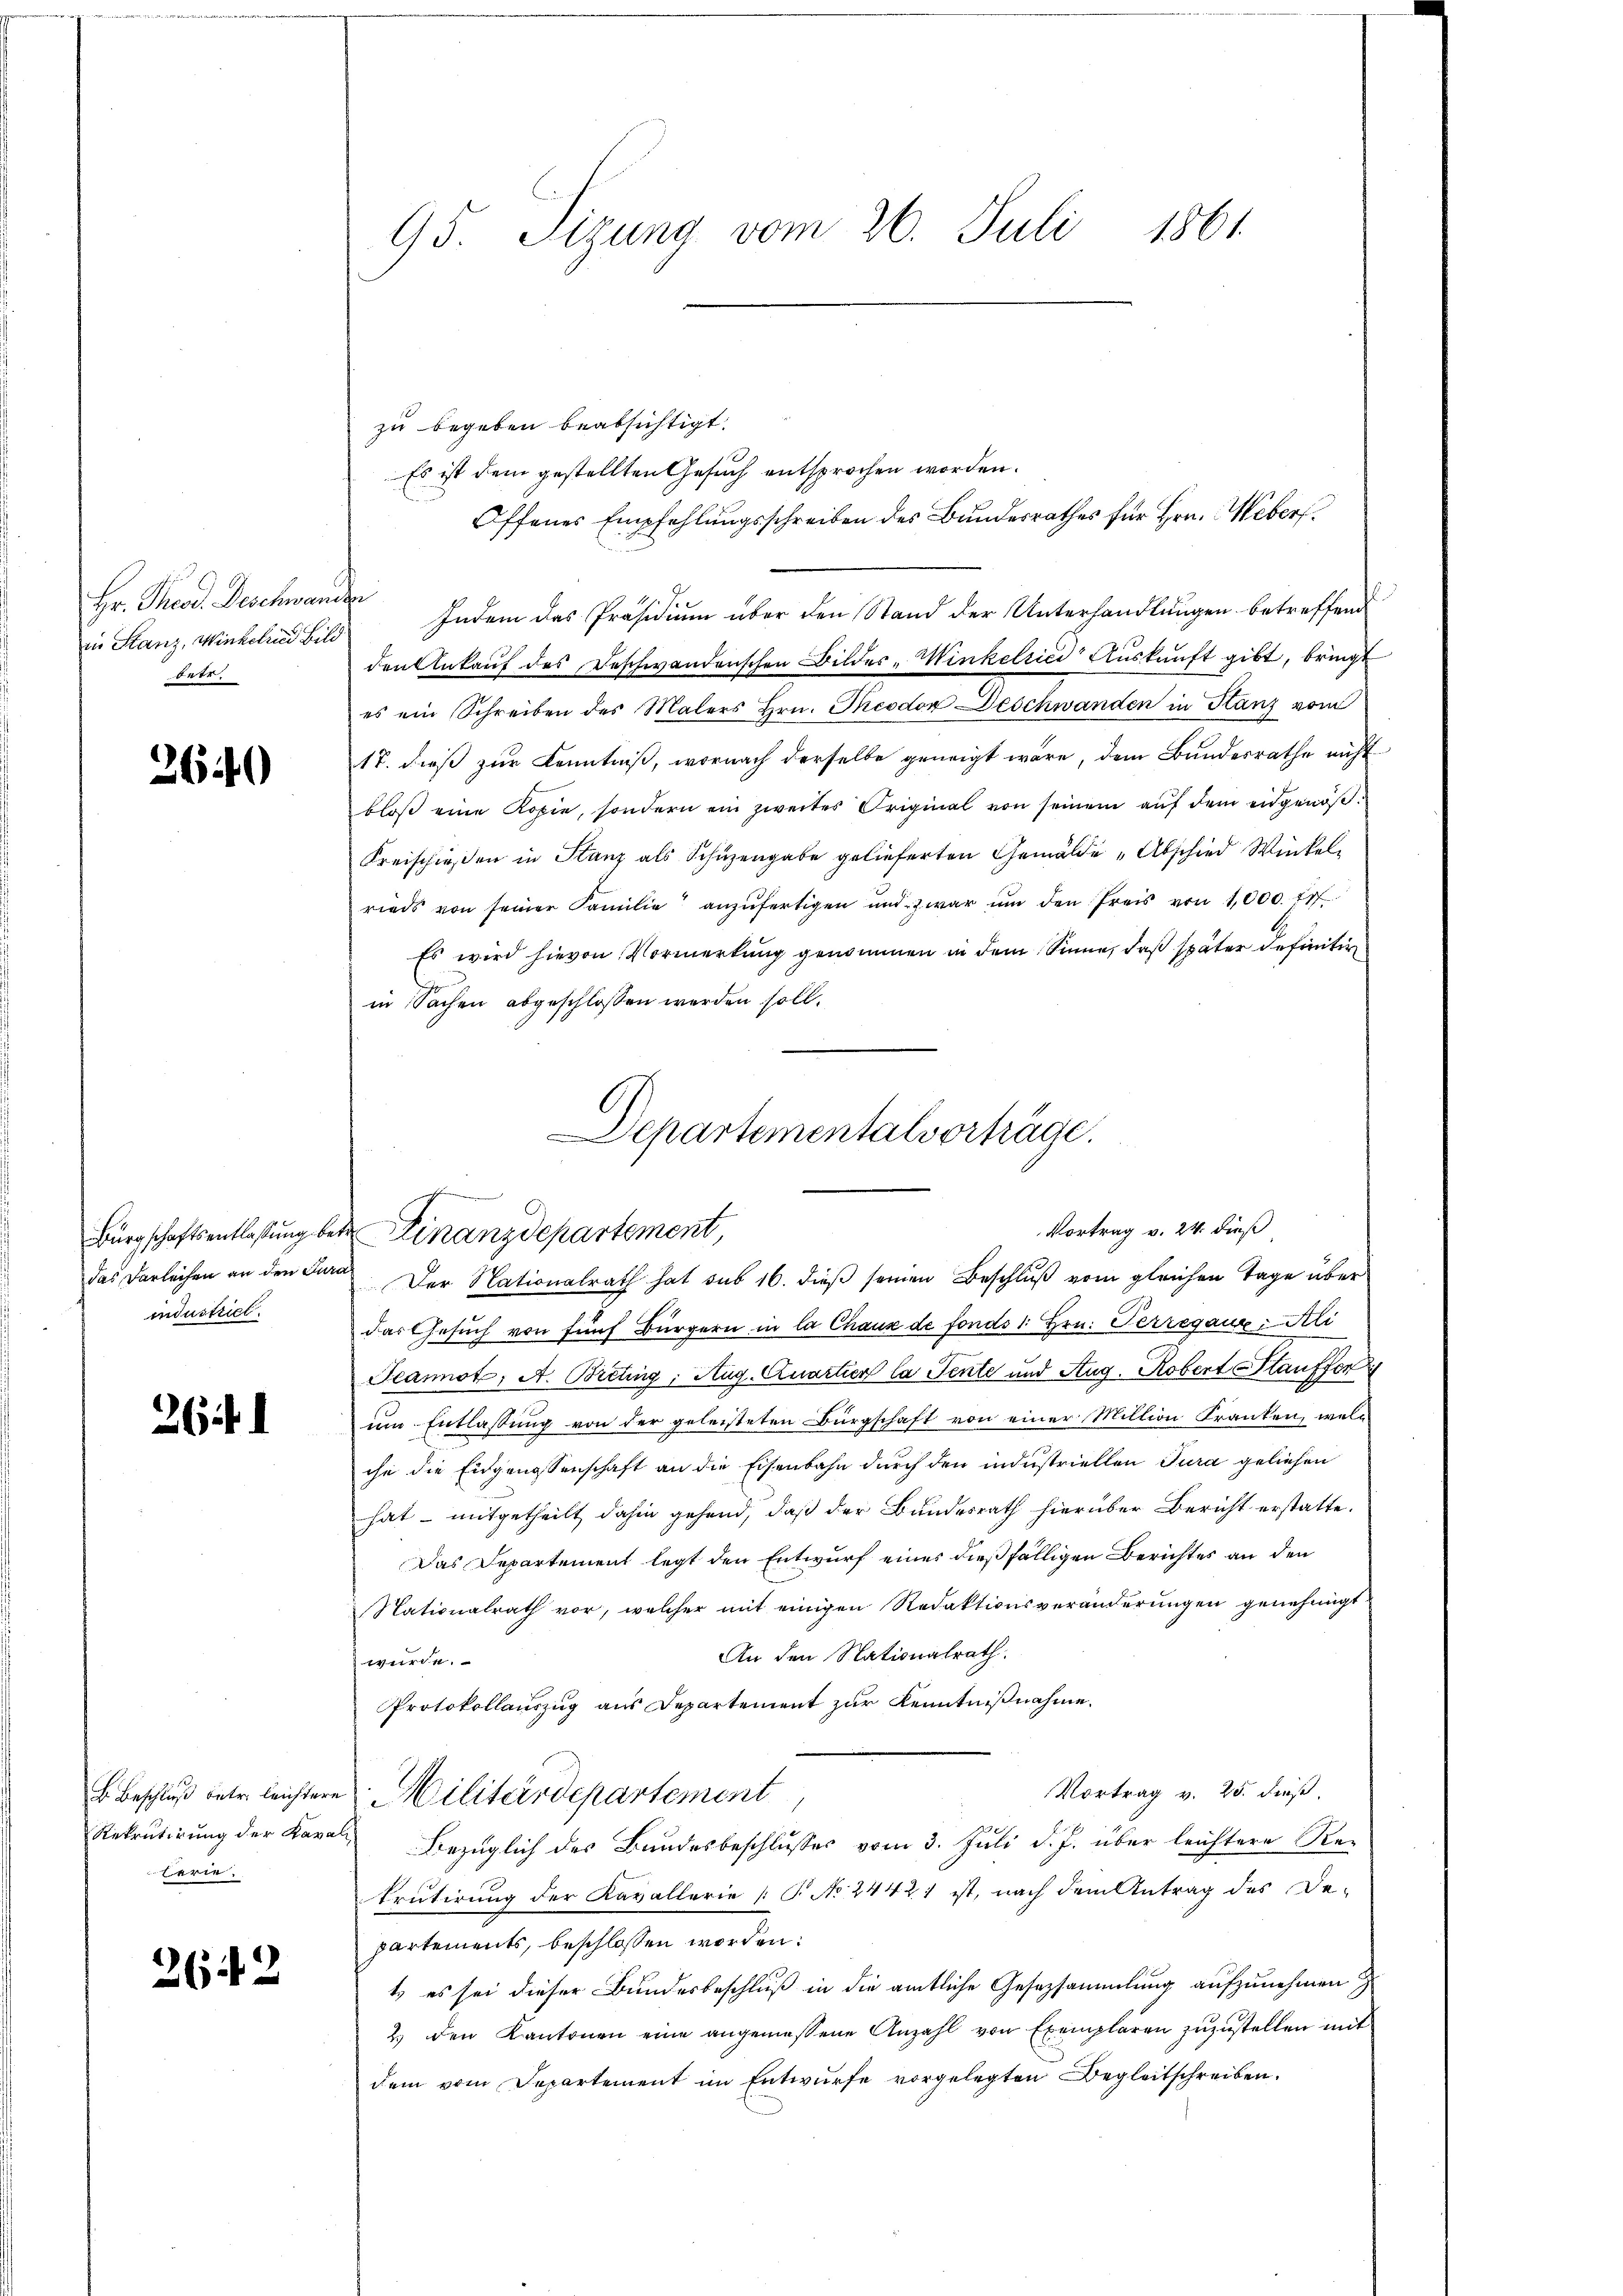
Hr. Theod. Deschwan
in Stanz, Winkelins Bili
betr.

2640

industriel

26 f.

lerie:

2642

95. Sizung vom 26. Juli 1861.

zu begeben beabsichtigt.
Es ist dem gestellten Gesuch entsprochen worden.
Offenes Empfehlungsschreiben des Bundesrathes für Hrn. Weber
 Indem das Präsidium über den Stand der Unterhandlungen betreffend
den Ankauf des Deschwanderschen Bilder-Winkelrici Auskunft gibt, bringt
es ein Schreiben des Malers Hrn. Theodor Deschwanden in Stanz vom
17. dieß zur Kenntniß, wornach derselbe geneigt wäre, dem Bundesrathe nicht
bloß eine Kopie, sondern ein zweites Original von seinem auf dem eidgenöß¬
Kreischießen in Stanz als Schüzengabe gelieferten Gemälde „Abschied Winkel
rieds von seiner Familie anzufertigen und zwar ŭm den Preis von 1,000. fr.
Es wird hievon Vormerkung genommen in dem Sinne, daß später definitive
in Sachen abgeschlossen werden soll.
das Darleihen an den Jan. Der Nationalrath hat sub 16. dieß seinen Beschluß vom gleichen Tage über
das Gesuch von fünf Bürgern in la Chaux de fonds 1. Hrn. Perregau: Ali
Peannot, A. Breting, Aug. Quartier la Sente und Aug. Robert Stauffer
um Entlassung von der geleisteten Bürgschaft von einer Million Franken, welc
che die Eidgenossenschaft an die Eisenbahn durch den industriellen Jura geliehen
hat - mitgetheilt dahin gehend, daß der Bundesrath hierüber Bericht erstatte.
Das Departement legt den Entwurf eines dießfälligen Berichtes an den
Nationalrath vor, welcher mit einigen Redaktionsveränderungen genehmigt
An den Stationalrath.
wurde.
Protokollauszug aus Departement zur Kenntnißnahme.
Vortrag v. 25. dieß.
B. Beschluß betr. leichtere Militärdepartement
Rekrutirung der Kanal bezüglich des Bundesbeschlusses vom 3. Juli d. J. über leichtere Re-
krutirung der Kavallerie [T. No 24421 ist, nach dem Antrag des De-
partements, beschlossen worden:
t es sei dieser Bundesbeschluß in die amtliche Gesezsammlung aufzunehmen
2) den Kantonen eine angemessene Anzahl von Exemplaren zuzustellen mit
dem vom Departement im Entwurfe vorgelegten Begleitschreiben.

Bürgschaftsentlaßung betr. Finanzdepartement,

Departementalverträge.
Ehren we
Vortrag v. 24. dieß